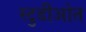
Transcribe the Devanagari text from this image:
स्टुडीओत